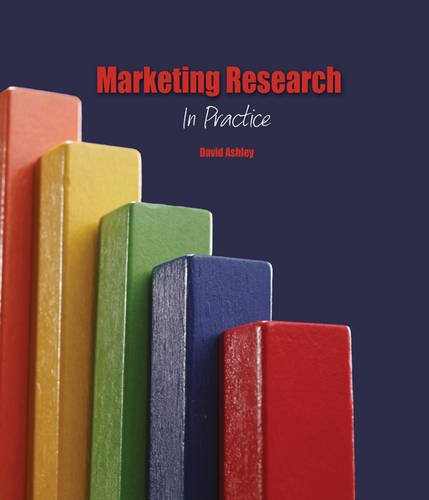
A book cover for Marketing Research: In Practice; ASHLEY  DAVID; Business & Money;